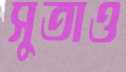
সুতাও